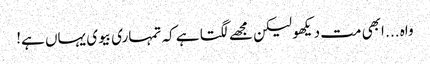
واہ ... ابھی مت دیکھو لیکن مجھے لگتا ہے کہ تمہاری بیوی یہاں ہے!